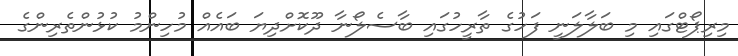
މިރިޕޯޓްގައި މި ބަލާލަނީ ފަހުގެ ތާރީހުގައި ބާސެލޯނާ ދޫކޮށްދިޔަ ބައެއް މުހިންމު ކުޅުންތެރިންގެ